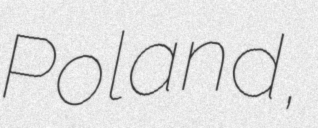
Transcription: Poland,